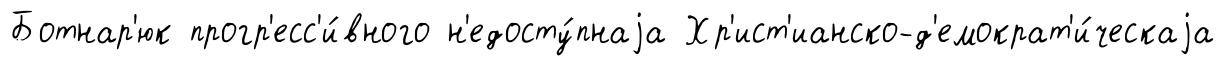
Ботнар'юк прогр'есс'и́вного н'едосту́пнаjа Хр'ист'ианско-д'емократ'и́ческаjа